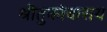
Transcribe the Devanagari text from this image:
श्रीतुकोबाराय